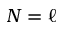
N = \ell